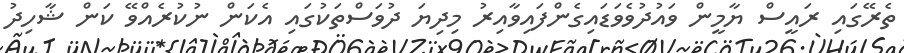
ތެރޭގައި ރައީސް ޔާމީން ވައުދުވެވަޑައިގެންފައިވާއިރު މިދިޔަ ދުވަސްތަކުގައި އެކަން ނުކުރެއްވޭ ކަން ޝާހިދު